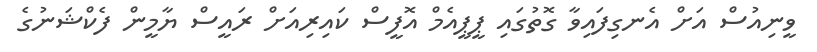
ވީނިއުސް އަށް އެނގިފައިވާ ގޮތުގައި ޕީޕީއެމް އޮފީސް ކައިރިއަށް ރައީސް ޔާމީން ފެކްޝަނުގެ